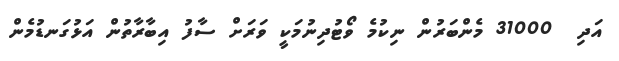
އަދި  31000 މެންބަރުން ނިކުމެ ވޯޓުދިނުމަކީ ވަރަށް ސާފު އިބާރާތުން އަޅުގަނޑުމެން